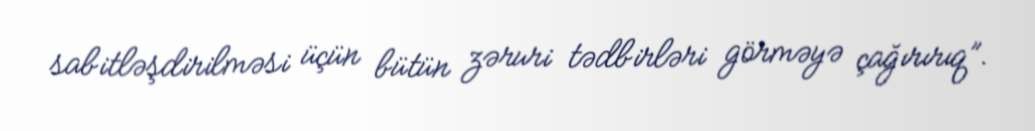
sabitləşdirilməsi üçün bütün zəruri tədbirləri görməyə çağırırıq”.